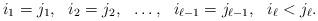
LaTeX: \begin{align*}i_1=j_1,\ \ i_2=j_2,\ \ \ldots,\ \ i_{\ell-1}=j_{\ell-1},\ \ i_\ell<j_\ell.\end{align*}